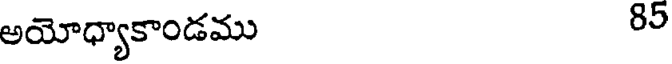
అయోధ్యాకాండము 85